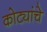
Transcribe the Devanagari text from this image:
कोट्यांचे